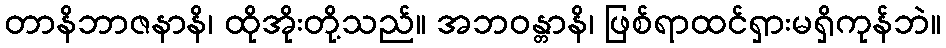
တာနိဘာဇနာနိ၊ ထိုအိုးတို့သည်။ အဘဝန္တာနိ၊ ဖြစ်ရာထင်ရှားမရှိကုန်ဘဲ။